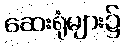
ဆေးရုံများ၌